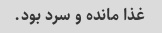
غذا مانده و سرد بود.